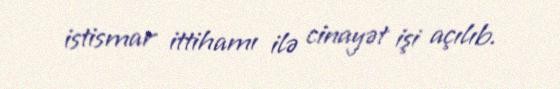
istismar ittihamı ilə cinayət işi açılıb.